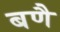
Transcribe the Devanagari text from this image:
बणै